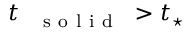
t _ { \mathrm { ~ \textbf ~ { ~ s ~ o ~ l ~ i ~ d ~ } ~ } } > t _ { \star }